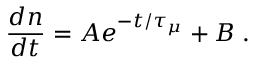
\frac { d n } { d t } = A e ^ { - t / \tau _ { \mu } } + B \; .